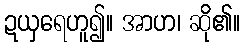
ဍယှရေဟူ၍။ အာဟ၊ ဆို၏။